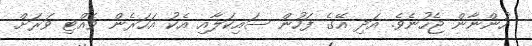
ހުންނާން ޖެހުނެވެ. އަދި އޭގެ ފަހުން ސައިކަލާއި އެކު އަހަރެން ވެއްޓި ވަރަށް